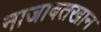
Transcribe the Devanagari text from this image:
नाजाबतखान